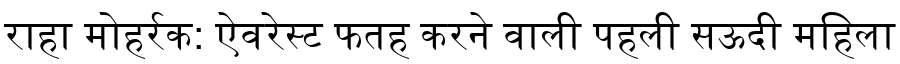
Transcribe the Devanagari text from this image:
राहा मोहर्रक: ऐवरेस्ट फतह करने वाली पहली सऊदी महिला